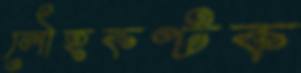
লৌহকণ্টক